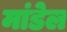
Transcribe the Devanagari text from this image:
मांडेल